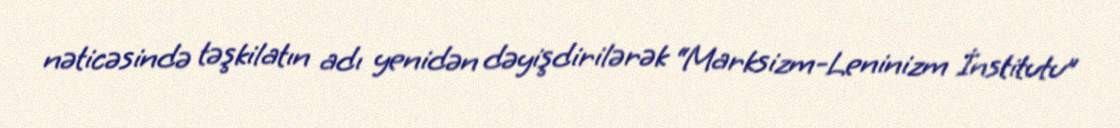
nəticəsində təşkilatın adı yenidən dəyişdirilərək “Marksizm-Leninizm İnstitutu”